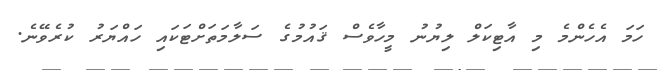
ހަމަ އެހެންމެ މި އާޓިކަލް ލިޔުނު މީހާވެސް ޤައުމުގެ ސަލާމަތަށްޓަކައި ހައްޔަރު ކުރެވޭނެ.